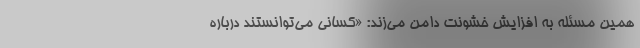
همین مسئله به افزایش خشونت دامن می‌زند: «کسانی می‌توانستند درباره